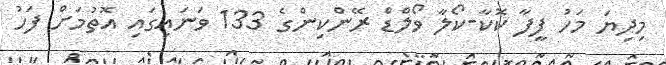
މިދިޔަ މަހު ފީފާ ކޮކާ-ކޯލާ ވޯލްޑް ރޭންކިންގެ 133 ވަނައިގައި އޮތުމަށް ފަހު